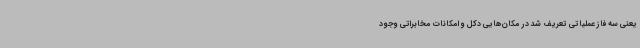
یعنی سه فاز عملیاتی تعریف شد در مکان‌هایی دکل و امکانات مخابراتی وجود